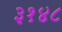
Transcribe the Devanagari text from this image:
३१४८